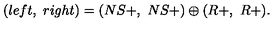
( l e f t , \ r i g h t ) = ( N S + , \ N S + ) \oplus ( R + , \ R + ) .